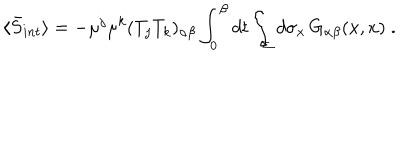
\langle \bar { S } _ { i n t } \rangle = - \mu ^ { j } \mu ^ { k } ( T _ { j } T _ { k } ) _ { \alpha \beta } \int _ { 0 } ^ { \beta } d t \int _ { \Sigma } d \sigma _ { x } \, G _ { \alpha \beta } ( x , x ) \; .